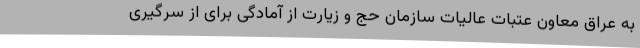
به عراق معاون عتبات عالیات سازمان حج و زیارت از آمادگی برای از سرگیری